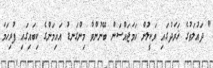
" ދައުލަތުގެ ޚަރަދުގައި ވަކީލުން ހަމަޖައްސަން ބޭނުންވާ މިންގަނޑު އައިމަންގެ ކިބައިގައި ފުރިހަމަ